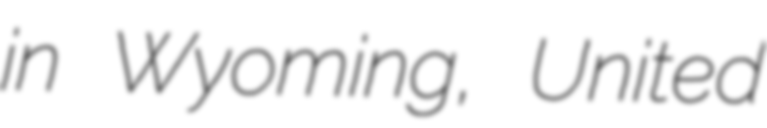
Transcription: in Wyoming, United